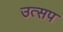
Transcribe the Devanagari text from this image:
उत्सप